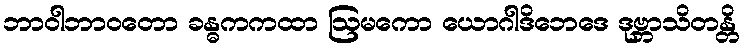
ဘာဝါဘာဝတော ခန္ဓကကထာ ဩမကော ယောဂါဒိဘေဒေ ဒုဗ္ဘာသိတန္တိ